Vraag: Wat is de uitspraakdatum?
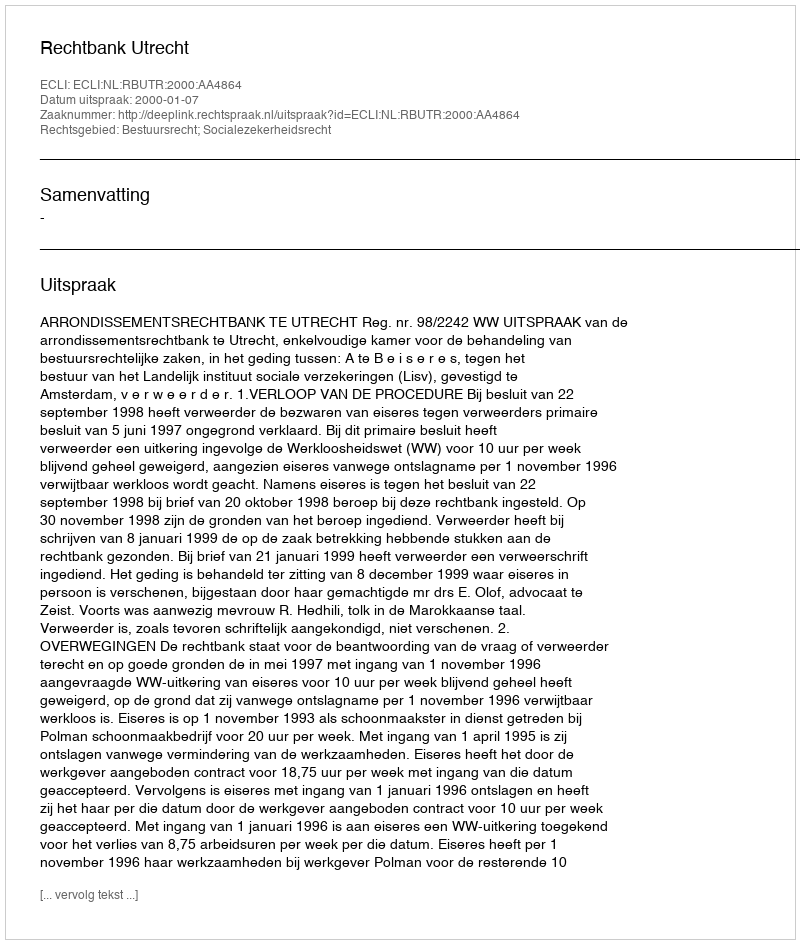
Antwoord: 2000-01-07